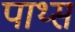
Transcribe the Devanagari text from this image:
पाथ्स